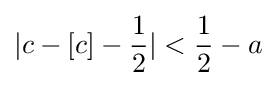
|c-[c]-{\frac {1}{2}}|<{\frac {1}{2}}-a